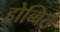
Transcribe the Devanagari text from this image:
होब्बित